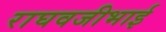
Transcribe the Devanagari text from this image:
राघवजीभाई